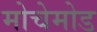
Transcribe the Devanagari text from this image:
मोचेमोड